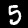
Digit: 5